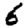
Digit: 6